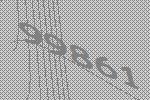
99861